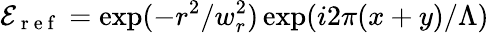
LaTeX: \mathcal{E}_{\mathrm{~r~e~f~}}=\exp(-r^{2}/w_{r}^{2})\exp(i2\pi(x+y)/\Lambda)